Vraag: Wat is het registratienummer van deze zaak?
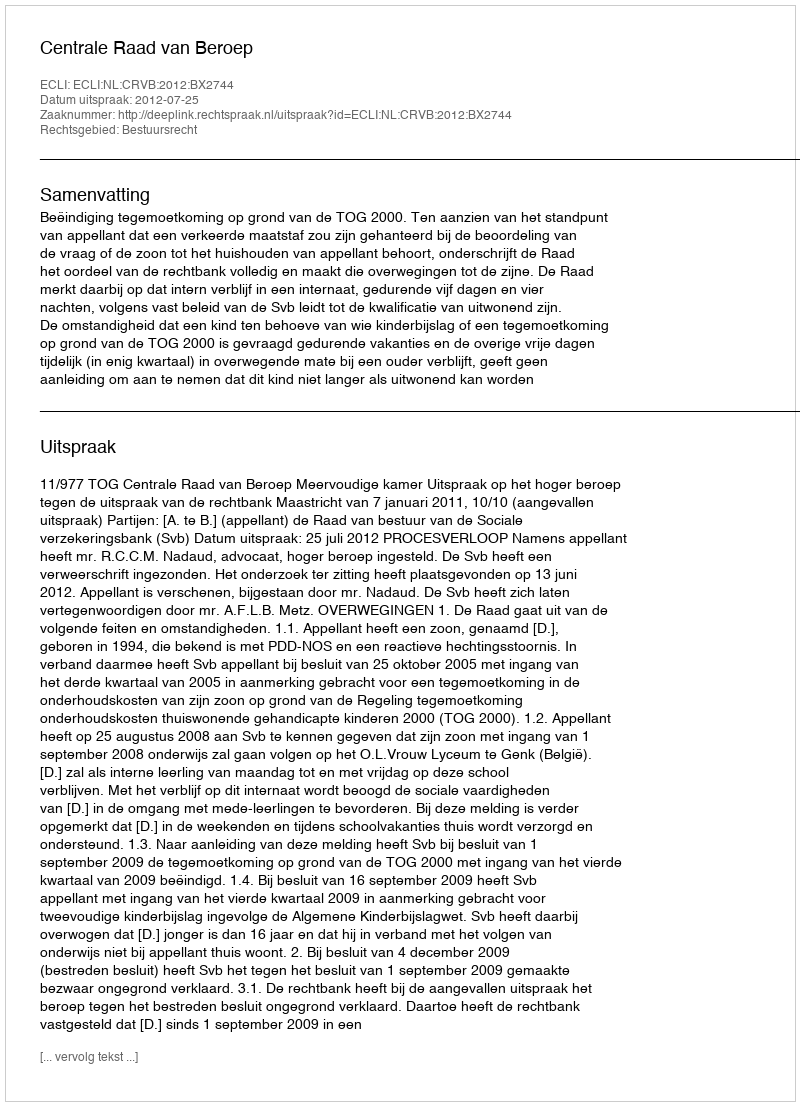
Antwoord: http://deeplink.rechtspraak.nl/uitspraak?id=ECLI:NL:CRVB:2012:BX2744